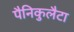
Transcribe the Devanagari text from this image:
पैनिकुलैटा